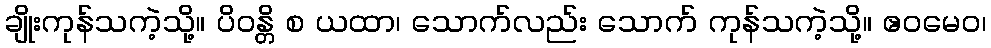
ချိုးကုန်သကဲ့သို့။ ပိဝန္တိ စ ယထာ၊ သောက်လည်း သောက် ကုန်သကဲ့သို့။ ဧဝမေဝ၊